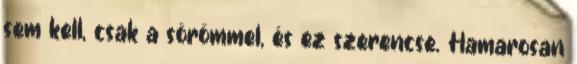
sem kell, csak a sörömmel, és ez szerencse. Hamarosan